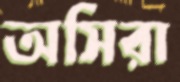
অসিরা